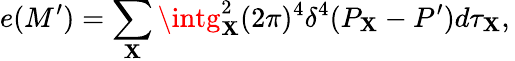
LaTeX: e(M^{\prime})=\sum_{\mathbf{X}}\intg_{\mathbf{X}}^{2}(2\pi)^{4}\delta^{4}(P_{\mathbf{X}}-P^{\prime})d\tau_{\mathbf{X}},\,